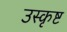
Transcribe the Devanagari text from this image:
उस्कृष्ट